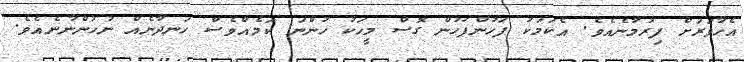
އެހާވަރަށް ފިރުމާނެއެވެ. އެކަމަކު ފަހުންފަހުން ގޮސް މީހަކު ހުންނަ ކަމެއްވެސް ހަނދާނެއް ނުހުންނާނެއެވެ.